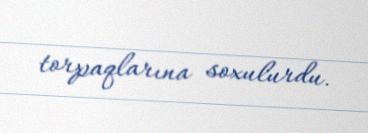
torpaqlarına soxulurdu.